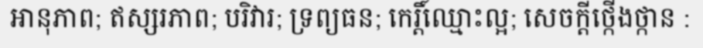
អានុភាព; ឥស្សរភាព; បរិវារ; ទ្រព្យធន; កេរ្តិ៍ឈ្មោះល្អ; សេចក្តីថ្កើងថ្កាន :